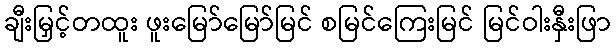
ချီးမြှင့်တထူး ဖူးမြော်မြော်မြင် စမြင်ကြေးမြင် မြင်ဝါးနှီးဖြာ